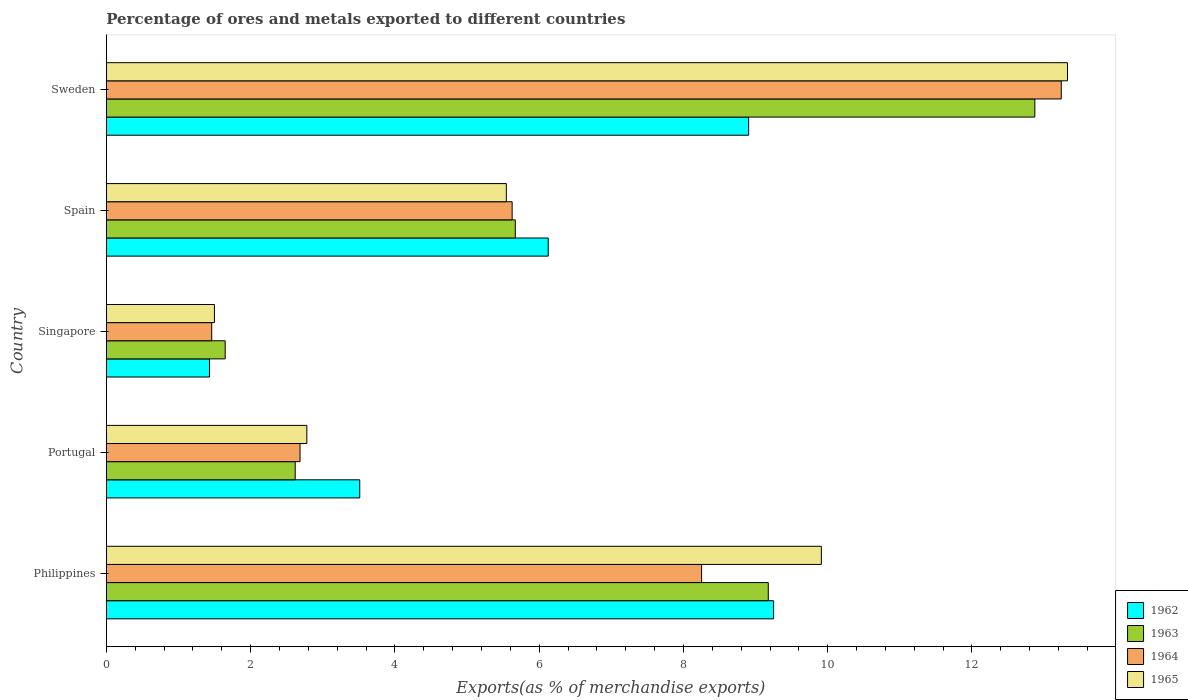
| Country | 1962 | 1963 | 1964 | 1965 |
 | --- | --- | --- | --- | --- |
 | Philippines | 9.25 | 9.18 | 8.25 | 9.91 |
 | Portugal | 3.51 | 2.62 | 2.69 | 2.78 |
 | Singapore | 1.43 | 1.65 | 1.46 | 1.5 |
 | Spain | 6.13 | 5.67 | 5.63 | 5.55 |
 | Sweden | 8.9 | 12.9 | 13.2 | 13.3 |